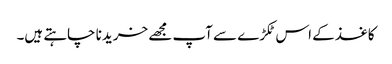
کاغذ کے اس ٹکڑے سے آپ مجھے خریدنا چاہتے ہیں۔